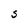
Character: S